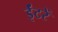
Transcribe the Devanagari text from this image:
ईंटरें